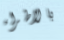
بالاطراء